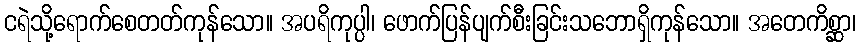
ငရဲသို့ရောက်စေတတ်ကုန်သော။ အပရိကုပ္ပါ၊ ဖောက်ပြန်ပျက်စီးခြင်းသဘောရှိကုန်သော။ အတေကိစ္ဆာ၊